Leaving Certificate Examination, 1912. Written examination, 1912
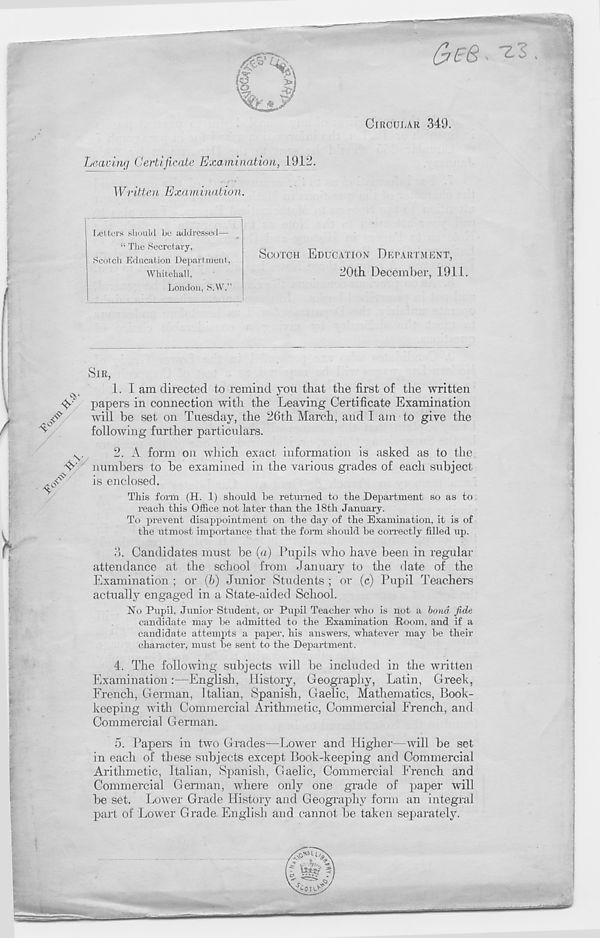
Leaving Certificate Examination, 1912.
Written Examination.
j Letters should be addressed—
“ The Secretary,
Scotch Education Department,
Whitehall,
London, S.W.”
SCOTCH EDUCATION DEPARTMENT,
20th December, 1911.
SIR,
1. I am directed to remind you that the first of the written
papers in connection with the Leaving Certificate Examination
will be set on Tuesday, the 26th March, and I am to give the
following further particulars.
2. A form on which exact information is asked as to the
numbers to be examined in the various grades of each subject
is enclosed.
This form (H. 1) should be returned to the Department so as to
reach this Office not later than the 18th January.
To prevent disappointment on the day of the Examination, it is of
the utmost importance that the form should be correctly filled up.
3.
Candidates must be (a) Pupils who h
attendance at the school from January to the date of the
Examination ; or (b) Junior Students ; or (c) Pupil Teachers
actually engaged in a State-aided School.
No Pupil, Junior Student, or Pupil Teacher who is not a bond fide
candidate may be admitted to the Examination Room, and if a
candidate attempts a paper, his answers, whatever may be their
character, must be sent to the Department.
4. The following subjects will be included in the written
Examination:—English, History, Geography, Latin, Greek,
French, German, Italian, Spanish, Gaelic, Mathematics, Book-
keeping with Commercial Arithmetic, Commercial French, and
Commercial German.
5. Papers in two Grades—Lower and Higher—will be set
in each of these subjects except Book-keeping and Commercial
Arithmetic, Italian, Spanish, Gaelic, Commercial French and
Commercial German, where only one grade of paper will
be set. Lower Grade History and Geography form an integral
part of Lower Grade. English and cannot be taken separately.